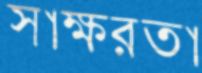
স্বাক্ষরতা